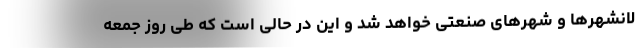
لانشهرها و شهرهای صنعتی خواهد شد و این در حالی است که طی روز جمعه